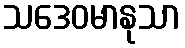
သဒေဝမာနုသာ